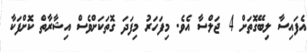
އެފައިސާ ލިބޭގޮތަށް 4 ޖަލްސާ އެވެ. މިފަހަރު މިފަދަ ގޮތަކަށްވެސް އިޝާރާތް ކޮށްފަކާ